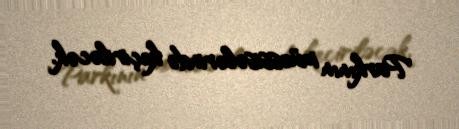
Parkının müəssisələrində keçiriləcək.